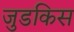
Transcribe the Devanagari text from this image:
जुडकिस